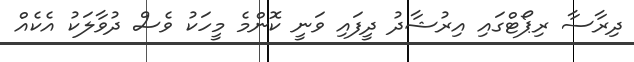
ދިރާސާ ރިޕޯޓްގައި އިރުޝާދު ދީފައި ވަނީ ކޮންމެ މީހަކު ވެސް ދުވާލަކު އެކެއް